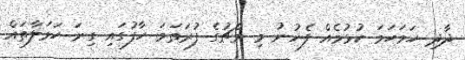
ދާދި ހަމަހަމަ ކުޅުމެއް ފެނުނު މި މެޗުގެ ފުރަތަމަ ހާފުގައި ގިނަ ހަމަލާތައް